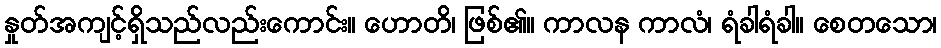
နှုတ်အကျင့်ရှိသည်လည်းကောင်း။ ဟောတိ၊ ဖြစ်၏။ ကာလန ကာလံ၊ ရံခါရံခါ။ စေတသော၊